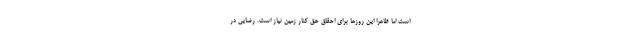
است اما ظاهراً این روزها برای احقاق حق کنار زمین نیاز است. رضایی در